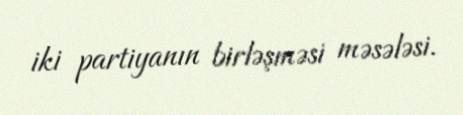
iki partiyanın birləşməsi məsələsi.